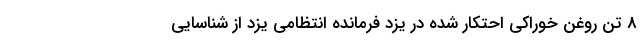
8 تن روغن خوراکی احتکار شده در یزد فرمانده انتظامی یزد از شناسایی